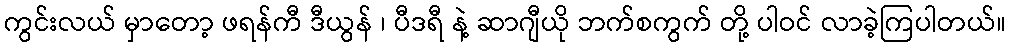
ကွင်းလယ် မှာတော့ ဖရန်ကီ ဒီယွန် ၊ ပီဒရီ နဲ့ ဆာဂျီယို ဘက်စကွက် တို့ ပါဝင် လာခဲ့ကြပါတယ်။